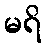
မရိ